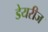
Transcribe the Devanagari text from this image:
डेयरीज